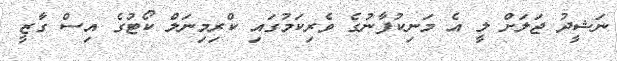
ނަޝީދު ޖަލަށް ލީ އެ މަނިކުފާނުގެ ވެރިކަމުގައި ކްރިމިނަލް ކޯޓުގެ އިސް ގާޒީ